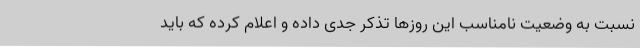
نسبت به وضعیت نامناسب این روزها تذکر جدی داده و اعلام کرده که باید